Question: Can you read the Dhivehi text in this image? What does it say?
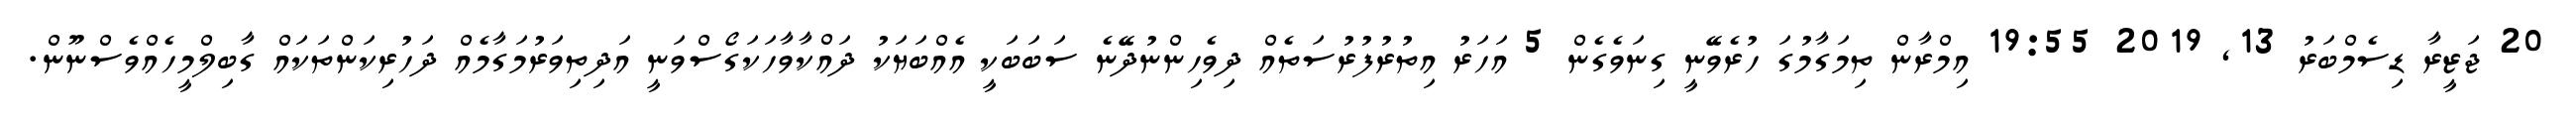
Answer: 20 ޖަޒީރާ ޑިސެމްބަރު 13, 2019 19:55 އިމްރާން ތިމަގާމުގަ ހުރެވޭނީ ގިނަވެގެން 5 އަހަރު އިތުރުފުރުސަތެއް ދިވެހިންނުދޭނެ ސަބަބަކީ އެއްބަޔަކު ދައްކާވާހަކަގޯސްވަނީ އަދިތިވަރުމަގާމެއް ދަހުރިކަންތަކައް ގާބިލްމީހެއްވެސްނޫން.